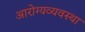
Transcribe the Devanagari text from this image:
आरोग्यव्यवस्था